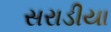
સરાડીયા